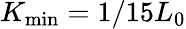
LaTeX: K_{\mathrm{min}}=1/15L_{0}